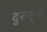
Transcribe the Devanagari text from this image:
दुरन्ट्स